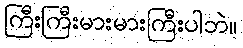
ကြီးကြီးမားမားကြီးပါဘဲ။